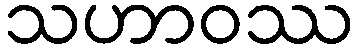
သဟာဝဿ